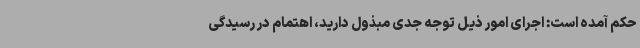
حکم آمده است: اجرای امور ذیل توجه جدی مبذول دارید، اهتمام در رسیدگی